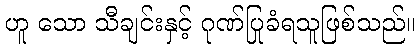
ဟူ သော သီချင်းနှင့် ဂုဏ်ပြုခံရသူဖြစ်သည်။